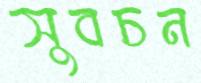
সুবচন